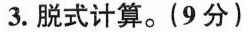
3.脱式计算。(9分)